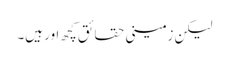
لیکن زمینی حقائق کچھ اور ہیں۔